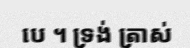
បេ ។ ទ្រង់ ត្រាស់